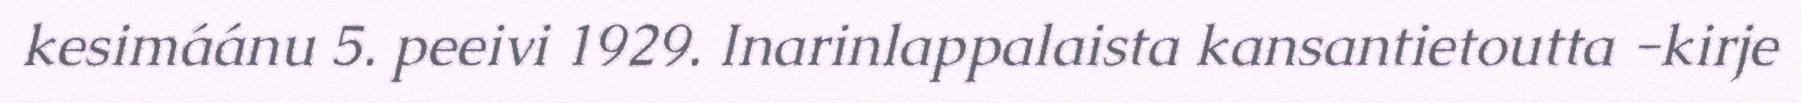
kesimáánu 5. peeivi 1929. Inarinlappalaista kansantietoutta -kirje